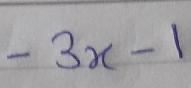
\(-3x - 1\)